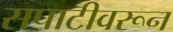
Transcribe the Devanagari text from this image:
सपाटीवरून